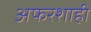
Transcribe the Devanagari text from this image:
अफरशाही